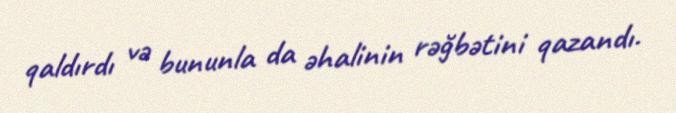
qaldırdı və bununla da əhalinin rəğbətini qazandı.